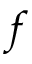
f